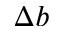
\Delta \boldsymbol { b }